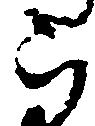
被